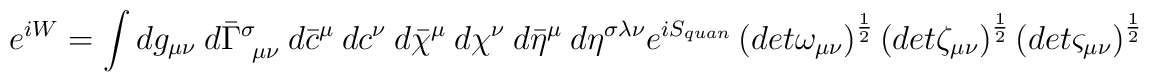
e^{i W} =\int dg_{\mu \nu }~ d\bar{\Gamma}^\sigma_{~\mu \nu }~d \bar{c}^\mu ~dc^\nu ~d \bar{\chi}^\mu ~d\chi^\nu~d \bar{\eta}^\mu ~d\eta^{\sigma \lambda \nu}e^{i S_{quan}}\left(det \omega_{\mu \nu } \right)^{\frac{1}{2}}\left(det \zeta_{\mu \nu } \right)^{\frac{1}{2}}\left(det \varsigma_{\mu \nu } \right)^{\frac{1}{2}}